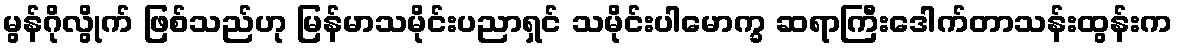
မွန်ဂိုလွိုက် ဖြစ်သည်ဟု မြန်မာသမိုင်းပညာရှင် သမိုင်းပါမောက္ခ ဆရာကြီးဒေါက်တာသန်းထွန်းက